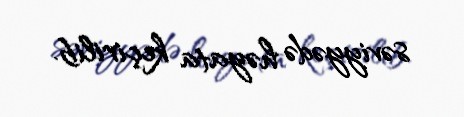
səviyyədə həyata keçirilib.